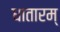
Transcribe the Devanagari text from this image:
धातारम्